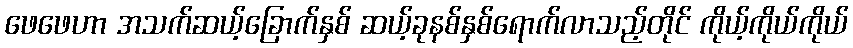
ဖေဖေဟာ အသက်ဆယ့်ခြောက်နှစ် ဆယ့်ခုနစ်နှစ်ရောက်လာသည့်တိုင် ကိုယ့်ကိုယ်ကိုယ်